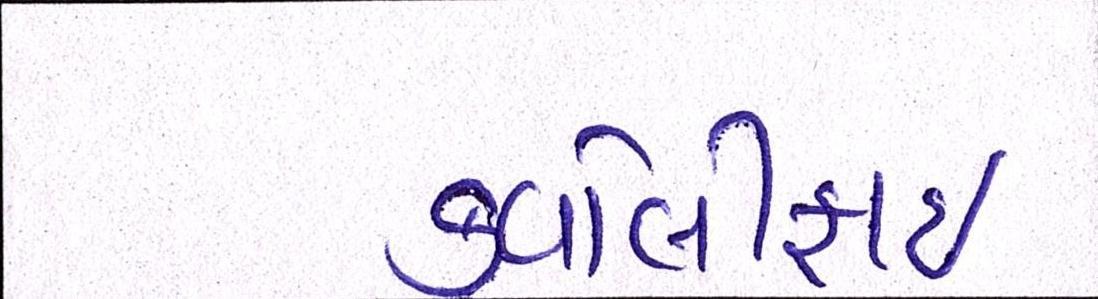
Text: કવોલીફાઈ